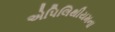
એપિલિથીયમના